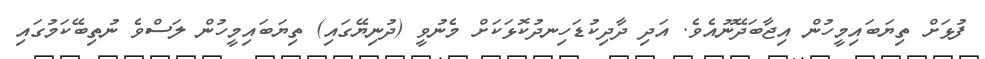
ފުޅަށް ތިޔަބައިމީހުން އިޖާބަދޭނޫއެވެ. އަދި ދާދިކުޑަހިނދުކޮޅަކަށް މެނުވީ (ދުނިޔޭގައި) ތިޔަބައިމީހުން ލަސްވެ ނުތިބޭކަމުގައި